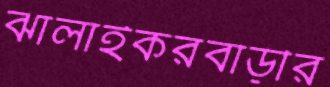
ঝালাইকরবাড়ীর